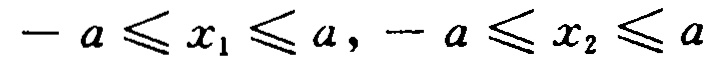
\(- a \leqslant x_1 \leqslant a, - a \leqslant x_2 \leqslant a\)